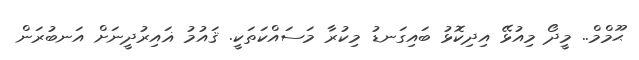
ޙޫމްމް.. މީދޯ މިއުޅޭ އިދިކޮޅު ބައިގަނޑު މިކުރާ މަސައްކަތަކީ. ޤައުމު ޣައިރުދީނަށް އަނބުރަން